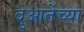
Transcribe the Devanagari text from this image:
दुआर्तेच्या